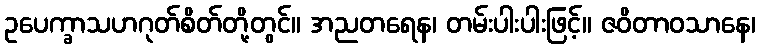
ဥပေက္ခာသဟဂုတ်စိတ်တို့တွင်။ အညတရေန၊ တမ်းပါးပါးဖြင့်။ ဇဝိတာဝသာနေ၊